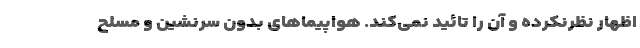
اظهار نظرنکرده و آن را تائید نمی‌کند. هواپیماهای بدون سرنشین و مسلح